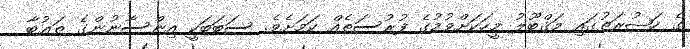
ގެ ހަޟުރަތުގައި މަޤްބޫލު މީހަކަށްވުމުގެ ފުރުސަތެއް ކަމަށެވެ. ސަބަބަކީ އިންސާނުންގެ ތަޢުބާ